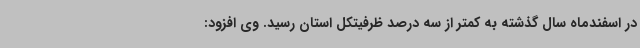
در اسفندماه سال گذشته به کمتر از سه درصد ظرفیتکل استان رسید. وی افزود: